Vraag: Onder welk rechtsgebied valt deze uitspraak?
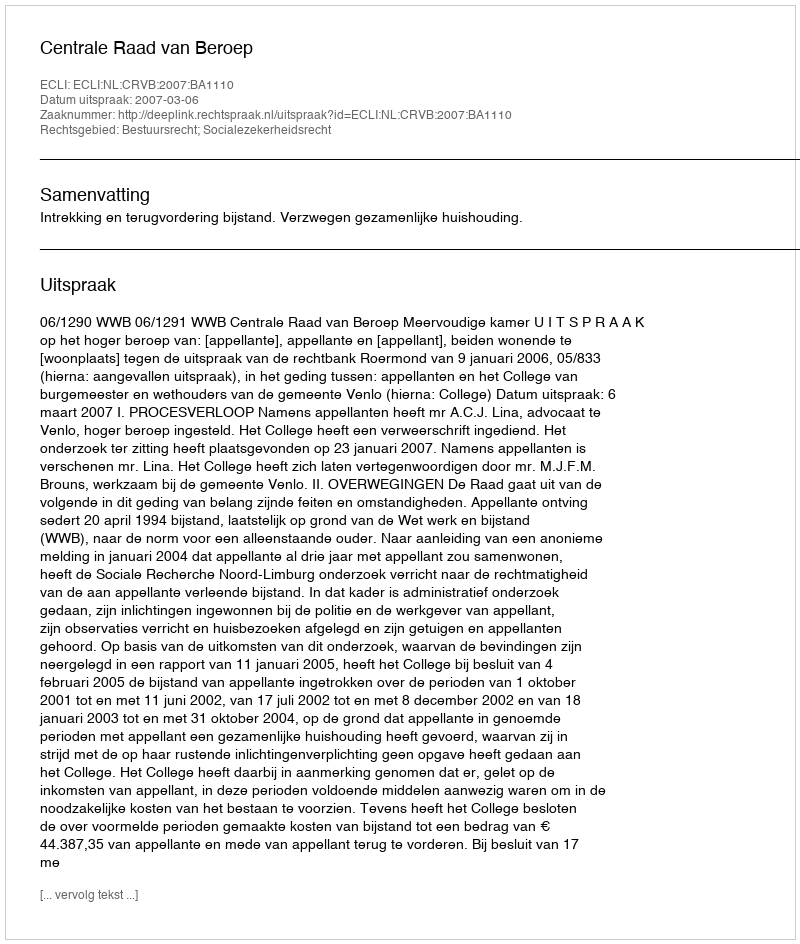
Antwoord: Bestuursrecht; Socialezekerheidsrecht